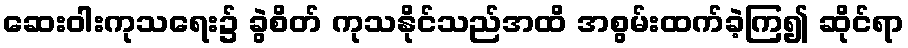
ဆေးဝါးကုသရေး၌ ခွဲစိတ် ကုသနိုင်သည်အထိ အစွမ်းထက်ခဲ့ကြ၍ ဆိုင်ရာ